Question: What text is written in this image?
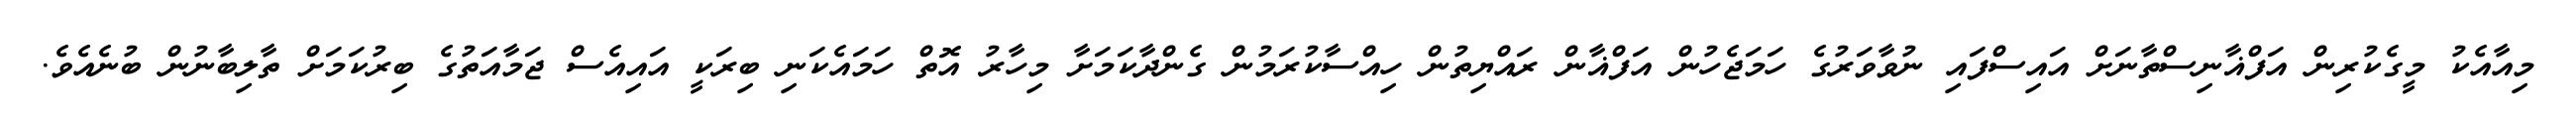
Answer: މިއާއެކު މީގެކުރިން އަފްޣާނިސްތާނަށް އައިސްފައި ނުވާވަރުގެ ހަމަޖެހުން އަފްޣާން ރައްޔިތުން ހިއްސާކުރަމުން ގެންދާކަމަށާ މިހާރު އޮތް ހަމައެކަނި ބިރަކީ އައިއެސް ޖަމާއަތުގެ ބިރުކަމަށް ތާލިބާނުން ބުނެއެވެ.